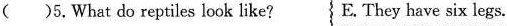
( )5,What do reptiles look like? }E. They have six legs.